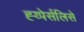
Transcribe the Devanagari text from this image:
ह्य्पेर्सलिसे